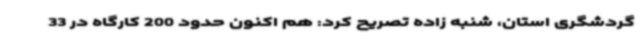
گردشگری استان، شنبه زاده تصریح کرد: هم اکنون حدود 200 کارگاه در 33